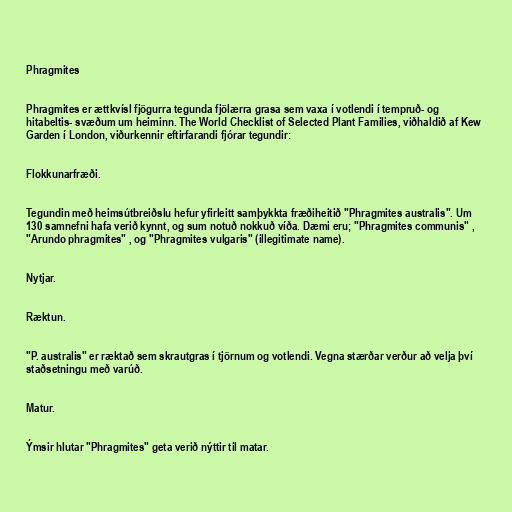
Phragmites

Phragmites er ættkvísl fjögurra tegunda fjölærra grasa sem vaxa í votlendi í tempruð- og
hitabeltis- svæðum um heiminn. The World Checklist of Selected Plant Families, viðhaldið af Kew
Garden í London, viðurkennir eftirfarandi fjórar tegundir:

Flokkunarfræði.

Tegundin með heimsútbreiðslu hefur yfirleitt samþykkta fræðiheitið "Phragmites australis". Um
130 samnefni hafa verið kynnt, og sum notuð nokkuð víða. Dæmi eru; "Phragmites communis" ,
"Arundo phragmites" , og "Phragmites vulgaris" (illegitimate name).

Nytjar.

Ræktun.

"P. australis" er ræktað sem skrautgras í tjörnum og votlendi. Vegna stærðar verður að velja því
staðsetningu með varúð.

Matur.

Ýmsir hlutar "Phragmites" geta verið nýttir til matar.